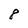
Character: 8